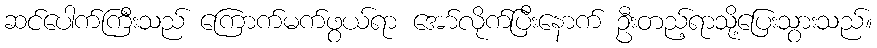
ဆင်ပေါက်ကြီးသည် ကြောက်မက်ဖွယ်ရာ အော်လိုက်ပြီးနောက် ဦးတည့်ရာသို့ပြေးသွားသည်။